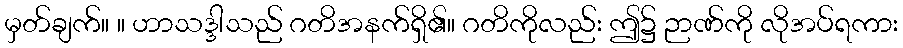
မှတ်ချက်။ ။ ဟာသဒ္ဒါသည် ဂတိအနက်ရှိ၏။ ဂတိကိုလည်း ဤ၌ ဉာဏ်ကို လိုအပ်ရကား